Leaving Certificate Examination (including Day School Certificate (Higher) General paper), 1933
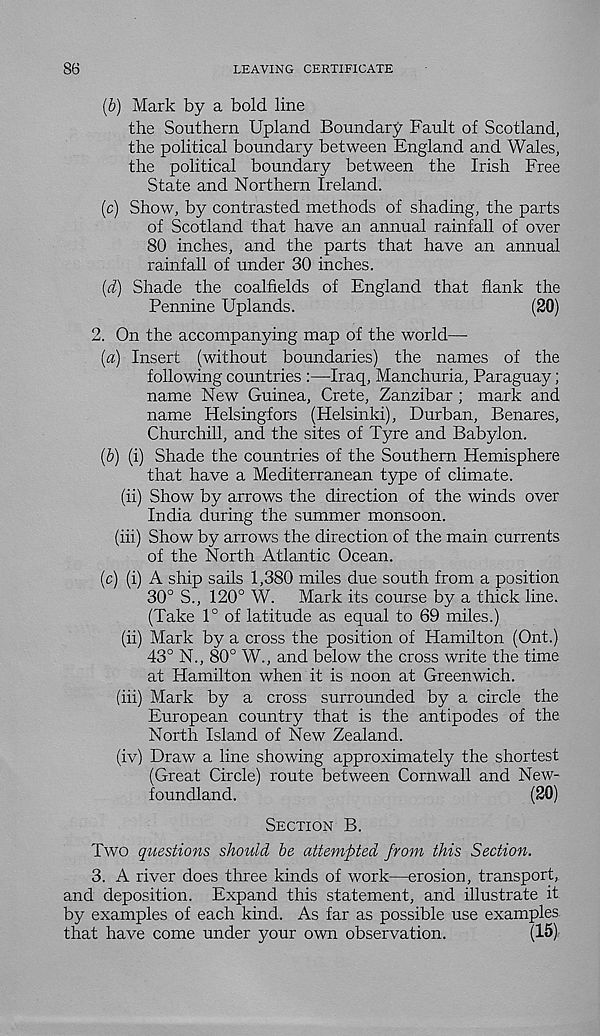
86
LEAVING CERTIFICATE
(b) Mark by a bold line
the Southern Upland Boundary Fault of Scotland,
the political boundary between England and Wales,
the political boundary between the Irish Free
State and Northern Ireland.
(c) Show, by contrasted methods of shading, the parts
of Scotland that have an annual rainfall of over
80 inches, and the parts that have an annual
rainfall of under 30 inches.
(d) Shade the coalfields of England that flank the
Pennine Uplands.
(20)
2. On the accompanying map of the world—
(a) Insert (without boundaries) the names of the
following countries :—Iraq, Manchuria, Paraguay;
name New Guinea, Crete, Zanzibar ; mark and
name Helsingfors (Helsinki), Durban, Benares,
Churchill, and the sites of Tyre and Babylon.
(b) (i) Shade the countries of the Southern Hemisphere
that have a Mediterranean type of climate.
(ii) Show by arrows the direction of the winds over
India during the summer monsoon.
(iii) Show by arrows the direction of the main currents
of the North Atlantic Ocean.
(c) (i) A ship sails 1,380 miles due south from a position
30° S., 120° W.
Mark its course by a thick line.
(Take 1° of latitude as equal to 69 miles.)
(ii) Mark by a cross the position of Hamilton (Ont.)
43° N., 80° W., and below the cross write the time
at Hamilton when it is noon at Greenwich.
(iii) Mark by a cross surrounded by a circle the
European country that is the antipodes of the
North Island of New Zealand.
(iv) Draw a line showing approximately the shortest
(Great Circle) route between Cornwall and New-
foundland.
(20)
Section B.
Two questions should be attempted from this Section.
3. A river does three kinds of work—erosion, transport,
and deposition. Expand this statement, and illustrate it
by examples of each kind. As far as possible use examples
that have come under your own observation.
(15)